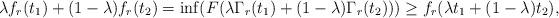
LaTeX: \begin{align*}\lambda f_r(t_1)+(1-\lambda)f_r(t_2)=\inf(F(\lambda\Gamma_r(t_1)+(1-\lambda)\Gamma_r(t_2)))\ge f_r(\lambda t_1+(1-\lambda)t_2),\end{align*}